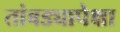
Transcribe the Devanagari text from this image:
तांबड्यापेक्षा